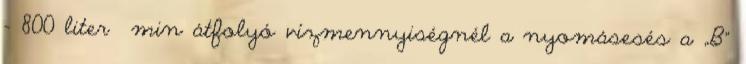
- 800 liter min átfolyó vízmennyiségnél a nyomásesés a „B”